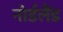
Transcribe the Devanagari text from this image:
नोर्डलैंड